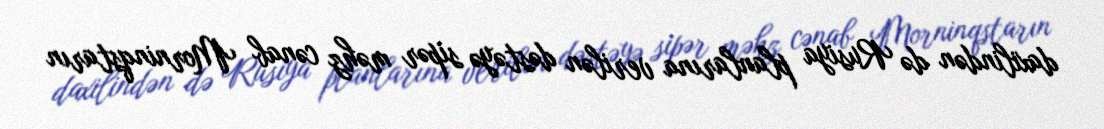
daxilindən də Rusiya planlarına verilən dəstəyə sipər məhz cənab Morninqstarın